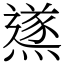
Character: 鿪